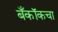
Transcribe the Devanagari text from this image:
बँकॉकचा